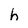
Character: h